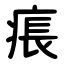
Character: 痮